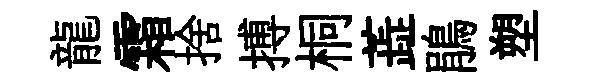
龍霜捨搏桐蕋鵑塑